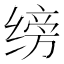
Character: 𫄰